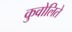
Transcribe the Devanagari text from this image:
कुवोलिते